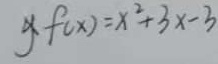
f ( x ) = x ^ { 2 } + 3 x - 3